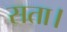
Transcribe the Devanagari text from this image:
सता।